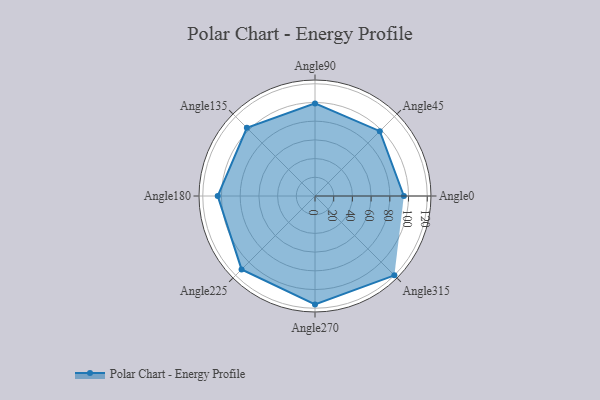
{"axis": {"x": "Angle", "y": "Radius"}, "legend": [""], "data": [{"x": "Angle0", "y": 95.0, "type": ""}, {"x": "Angle45", "y": 98.0, "type": ""}, {"x": "Angle90", "y": 99.0, "type": ""}, {"x": "Angle135", "y": 103.0, "type": ""}, {"x": "Angle180", "y": 104.0, "type": ""}, {"x": "Angle225", "y": 111.0, "type": ""}, {"x": "Angle270", "y": 116.0, "type": ""}, {"x": "Angle315", "y": 120.0, "type": ""}]}